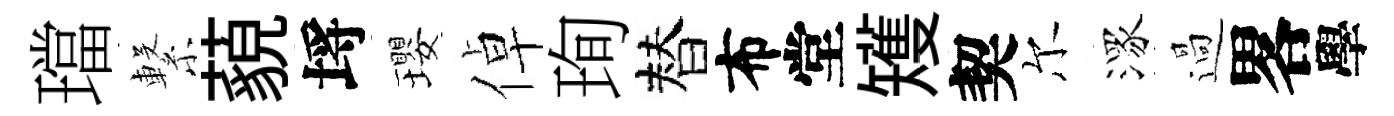
璫繋藐埓瓔倬珣替布堂矱契尔潈過畧學